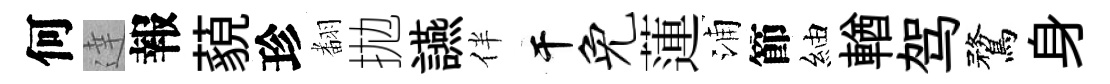
何達報藐珍𮋒拋讌伴干免蓮浦節紬輶驾鶩身